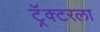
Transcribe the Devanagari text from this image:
ट्रॅक्टरला